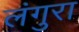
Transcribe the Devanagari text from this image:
लंगुरा